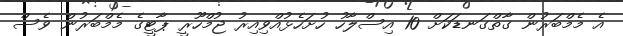
އެ މެމްބަރުން ގާތްގަނޑަކަށް 10 އިސްލާހު ހުށަހެޅުއްވިއިރު ޖުމްހޫރީ ޕާޓީގެ މެމްބަރުން ވެސް